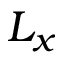
L _ { x }